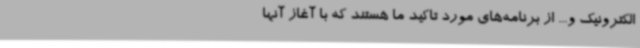
الکترونیک و... از برنامه‌های مورد تاکید ما هستند که با آغاز آنها